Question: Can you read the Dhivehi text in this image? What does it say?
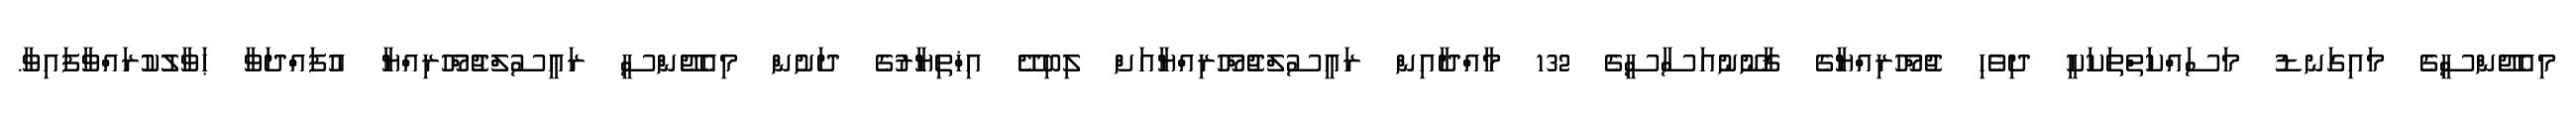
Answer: މިއެޖޭންސީގެ މައިގަނޑު މަސައްކަތްތަކަކީ ދިވެހި ޖުމްހޫރިއްޔާގެ ޤާނޫނުއަސާސީގެ 132 މާއްދާއިން ރައީސުލްޖުމްހޫރިއްޔާއަށް ލިބިދޭ އިޚްތިޔާރުގެ ދަށުން މިއެޖޭންސީ ރައީސުލްޖުމްހޫރިއްޔާ އުފައްދަވާ ޙަވާލުކުރައްވާފައިވާ.